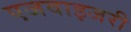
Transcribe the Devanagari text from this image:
एजवाइजरी